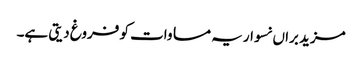
مزید براں نسوار یہ مساوات کو فروغ دیتی ہے۔